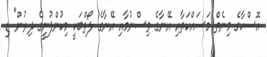
އޮސްކާގެ މިނެތް މަސައްކަތާއި އޭނާގެ ވިސްނުމާއި އޭނާގެ ލޯތްބަކީ މިކުންފުނީގެ ދިރުން" ޑި